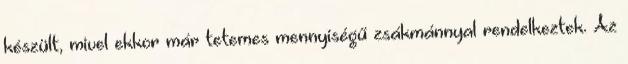
készült, mivel ekkor már tetemes mennyiségű zsákmánnyal rendelkeztek. Az